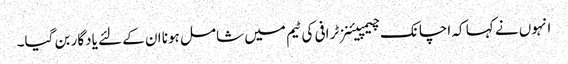
انہوں نے کہا کہ اچانک چیمپیئنز ٹرافی کی ٹیم میں شامل ہونا ان کے لئے یادگار بن گیا۔